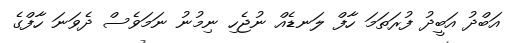
އަބްދު އަބީދު ފުރަތަމަ ހާފް ލަނޑެއް ނުޖެހި ނިމުނު ނަމަވެސް ދެވަނަ ހާފްގެ